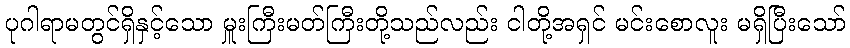
ပုဂါရာမတွင်ရှိနှင့်သော မှူးကြီးမတ်ကြီးတို့သည်လည်း ငါတို့အရှင် မင်းစောလူး မရှိပြီးသော်